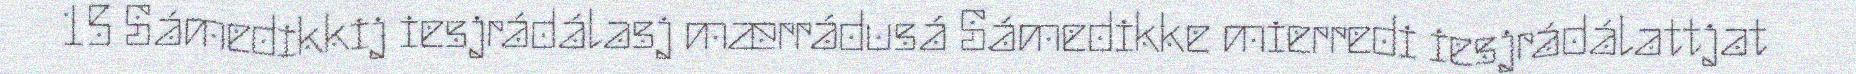
15 Sámedikkij iesjrádálasj mærrádusá Sámedikke mierredi iesjrádálattjat